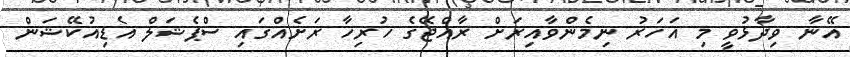
އޭނާ ވިދާޅުވީ މި އަހަރު ނިމެންވާއިރަށް ރާއްޖޭގެ ހުރިހާ ރަށެއްގައި ސްޕެޝަލް އެޑިއުކޭޝަން